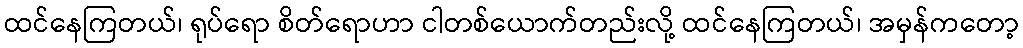
ထင်နေကြတယ်၊ ရုပ်ရော စိတ်ရောဟာ ငါတစ်ယောက်တည်းလို့ ထင်နေကြတယ်၊ အမှန်ကတော့